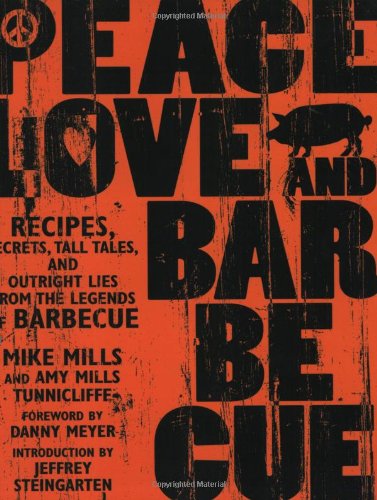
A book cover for Peace, Love, & Barbecue: Recipes, Secrets, Tall Tales, and Outright Lies from the Legends of Barbecue; Mike Mills; Cookbooks, Food & Wine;